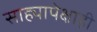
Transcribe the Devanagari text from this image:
साह्यापेक्षाही